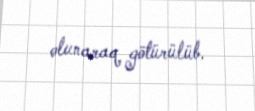
olunaraq götürülüb.